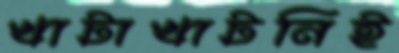
খাটাখাটনিই